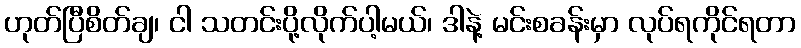
ဟုတ်ပြီစိတ်ချ၊ ငါ သတင်းပို့လိုက်ပါ့မယ်၊ ဒါနဲ့ မင်းစခန်းမှာ လုပ်ရကိုင်ရတာ